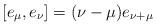
LaTeX: \begin{align*}[e_\mu,e_\nu]=(\nu-\mu)e_{\nu+\mu}\end{align*}